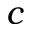
c